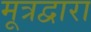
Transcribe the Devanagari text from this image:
मूत्रद्वारा